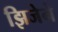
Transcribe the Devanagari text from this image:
झिजेने